Vaccination North-Western Provinces and Oudh 1878-1895 - 1878-1895
Year: 1878
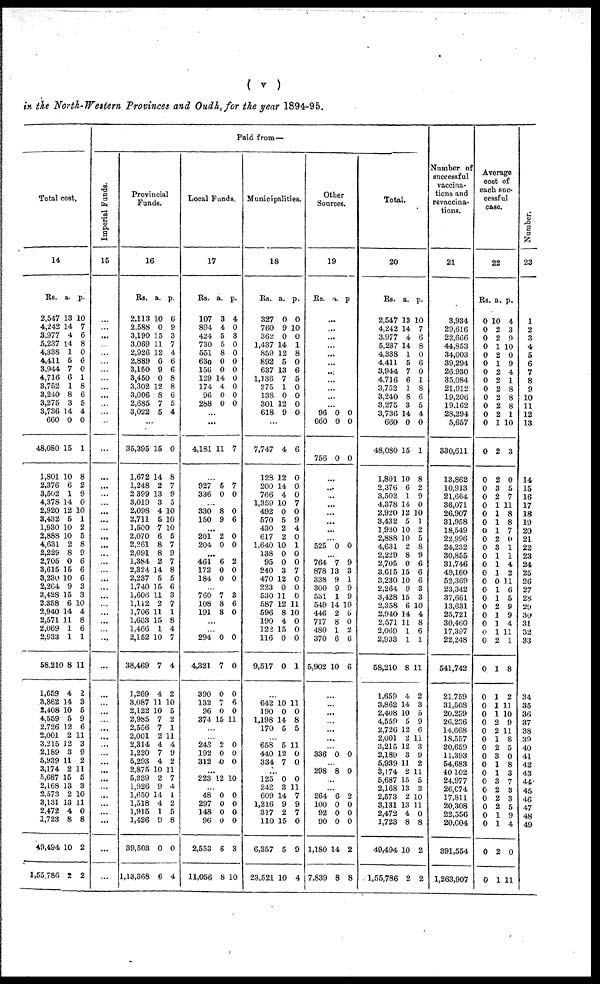
( v )
in the North-Western Provinces and Oudh, for the year 1894-95.
Total cost.
14
Rs.
2,547
4,242
3.977
5,237
4,338
4,411
3,944
4,716
3,752
3,240
3,275
3,736
660
48,080
1,801
2,376
3,502
4,378
2,920
3,432
1,930
2,888
4,631
2,229
2,705
3,615
3,230
2,264
3,428
2,358
2,940
2,571
2,069
2,933
58,210
1,659
3,862
2,408
4,559
2,726
2,001
3,215
2,189
5,939
3,174
5,687
2,168
2,573
3,131
2,472
1,723
49,494
1,55,786
a.
13
14
4
14
1
5
7
6
1
8
3
14
0
15
10
6
1
14
12
5
10
10
2
8
0
15
10
9
15
6
14
11
1
1
8
4
14
10
5
12
2
12
3
11
2
15
13
2
13
4
8
10
2
p.
10
7
6
8
0
6
0
1
8
6
5
4
0
1
8
2
9
0
10
1
2
5
8
9
6
6
6
3
3
10
4
8
6
1
11
2
3
5
9
6
11
3
9
2
11
5
3
10
11
0
8
2
2
Paid from—
Imperial Funds.
15
...
...
...
...
...
...
...
...
...
...
...
...
...
...
...
...
...
...
...
...
...
...
...
...
...
...
...
...
...
...
...
...
...
...
...
...
...
...
...
...
...
...
...
...
...
...
...
...
...
...
...
...
...
Provincial
Funds.
16
Rs.
2,113
2,588
3,190
3,069
2,926
2,889
3,150
3,450
3,302
3,006
2,685
3,022
...
35,395
1,672
1,248
2 399
3,019
2,098
2,711
],500
2,070
2,261
2,091
1,384
2,324
2,237
1,740
1,606
1,112
1,706
1,663
1,466
2,152
38,469
1,269
3,087
2,122
2,985
2,556
2,001
2,314
1,220
5,293
2,875
5,339
1,926
1,650
1,518
1,915
1,426
39,503
1,13,368
a.
10
0
15
11
12
0
9
0
12
8
7
5
15
14
2
13
3
4
5
7
6
8
8
2
14
5
15
11
2
11
15
1
10
7
4
11
10
7
7
2
4
7
4
10
2
9
14
4
1
9
0
6
p.
6
9
3
7
4
6
6
8
8
6
5
4
0
8
7
9
0
10
10
10
5
7
9
7
8
5
6
3
7
1
8
4
7
4
2
10
5
2
1
11
4
9
2
11
7
4
1
2
5
8
0
4
Local Funds.
17
Rs.
107
894
424
730
551
630
156
129
174
96
288
...
...
4,181
...
927
336
...
330
150
...
201
204
...
461
172
184
...
760
108
191
...
...
294
4,321
390
132
96
374
...
...
243
192
312
...
223
...
48
297
148
96
2,553
11,056
a.
3
4
5
5
8
0
0
14
4
0
0
11
5
0
8
9
2
0
6
0
0
7
8
8
0
7
0
7
0
15
2
0
0
12
0
0
0
0
6
8
p.
4
0
3
0
0
0
0
0
0
0
0
7
7
0
0
6
0
0
2
0
0
3
6
0
0
0
0
6
0
11
0
0
0
10
0
0
0
0
3
10
Municipalities.
18
Rs.
327
760
362
1,437
859
892
637
1,136
275
138
301
618
...
7,747
128
200
766
1,359
492
570
430
617
1,640
138
95
240
470
223
530
587
596
190
122
116
9,517
...
642
190
1,198
170
...
658
440
334
...
125
242
609
1,216
317
110
6,257
23,521
a.
0
9
0
14
12
5
13
7
1
0
12
9
4
12
14
4
10
0
5
2
2
10
0
0
3
12
0
11
12
8
4
15
0
0
10
0
14
5
5
12
7
0
3
14
9
2
15
5
10
p.
0
10
0
1
8
0
6
5
0
0
0
0
6
0
0
0
7
0
9
4
0
1
0
0
7
0
0
0
11
10
0
0
0
1
11
0
8
5
11
0
0
0
11
7
9
7
0
9
4
Other
Sources.
19
Rs.
96
660
756
525
764
878
338
300
531
549
446
717
480
370
5,902
336
298
264
100
92
90
1,180
7,839
a.
...
...
...
...
...
...
...
...
...
...
...
0
0
0
...
...
...
...
...
...
...
...
0
...
7
13
9
9
1
14
2
8
1
6
10
...
...
...
...
...
...
...
0
...
8
...
...
6
0
0
0
14
8
p.
0
0
0
0
9
3
1
9
9
10
5
0
2
6
6
0
0
2
0
0
0
2
8
Total.
20
Rs.
2,547
4,242
3,977
5,237
4,338
4,411
3,944
4,716
3,752
3,240
3,275
3,736
660
48,080
1,801
2,376
3,502
4,378
2,920
3,432
1,930
2,888
4,631
2,229
2,705
3,615
3,230
2,264
3,428
2,358
2,940
2,571
2,069
2,933
58,210
1,659
3,862
2,408
4,559
2,726
2,001
3,215
2,189
5,939
3,174
5,687
2,168
2,573
3,131
2,472
1,723
49,494
1,55,786
a.
13
14
4
14
1
5
7
6
1
8
3
14
0
15
10
6
1
14
12
5
10
10
2
8
0
15
10
9
15
6
14
11
1
1
8
4
14
10
5
12
2
12
3
11
2
15
13
2
13
4
8
10
2
p.
10
7
6
8
0
6
0
1
8
6
5
4
0
1
8
2
9
0
10
1
2
5
8
9
6
6
6
3
3
10
4
8
6
1
11
2
3
5
9
6
11
3
9
2
11
5
3
10
11 0
8
2
2
Number of
successful
vaccina-
tions and
revaccina-
tions.
21
3,934
29,616
22,666
44,853
34,003
39,294
26,930
35,084
21,912
19,206
19,162
28,294
5,657
330,611
13,862
10,913
21,664
36,071
26,907
31,958
18,549
22,996
24,232
30,855
31,746
49,160
52,369
23,342
37,661
13,631
25,721
30,460
17,397
22,248
541,742
21,759
31,508
20,259
26,236
14,668
18,557
20,659
11,393
54,683
40,102
24,977
26,074
17,811
20,308
22,556
20,004
391,554
1,263,907
Average
cost of
each suc-
cessful
case.
22
Rs.
0
0
0
0
0
0
0
0
0
0
0
0
0
0
0
0
0
0
0
0
0
0
0
0
0
0
0
0
0
0
0
0
0 0
0
0
0
0
0
0
0
0
0
0
0
0
0
0
0
0
0
0
0
a.
10
2
2
1
2
1
2
2
2
2
2
2
1
2
2
3
2
1
1
1
1
2
3
1
1
1
0
1
1
2
1
1
1
2
1
1
1
1
2
2
1
2
3
1
1
3
2
2
2
1
1
2
1
p.
4
3
9
10
0
9
4
1
8
8
8
1
10
3
0
5
7
11
8
8
7
0
l
l
4
2
11
6
5
9
9
4
11
1
8
2
11
10
9
11
8
5
0
8
3
7
3
3
5
9
4
0
11
Number.
23
1
2
3
4
5
6
7
8
9
10
11
12
13
14
15
16
17
18
19
20
21
22
23
24
25
26
27
28
29
30
31
32
33
34
35
36
37
38
39
40
41
42
43
44
45
46
47
48
49